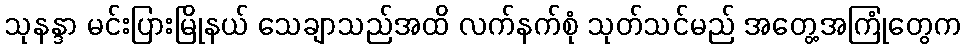
သုနန္ဒာ မင်းပြားမြိုနယ် သေချာသည်အထိ လက်နက်စုံ သုတ်သင်မည် အတွေ့အကြုံတွေက